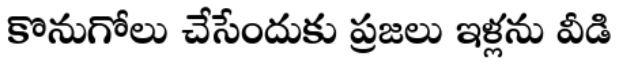
కొనుగోలు చేసేందుకు ప్రజలు ఇళ్లను వీడి